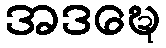
အဒဍ္ဎေ